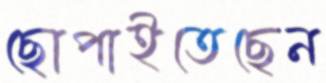
ছোপাইতেছেন